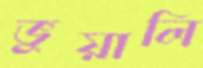
ভুয়ালি